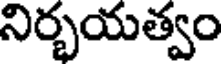
నిర్భయత్వం